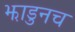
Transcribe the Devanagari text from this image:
झाडुनच